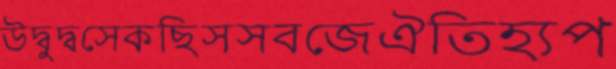
উদ্বুদ্বসেকছিসসবজেঐতিহ্যপ